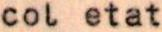
col etat